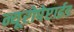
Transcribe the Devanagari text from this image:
न्यूरोपेप्टाईड